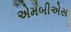
એમબીએસ